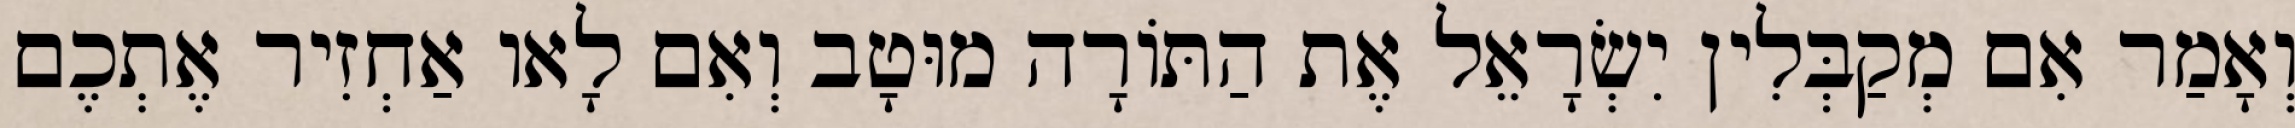
וְאָמַר אִם מְקַבְּלִין יִשְׂרָאֵל אֶת הַתּוֹרָה מוּטָב וְאִם לָאו אַחְזִיר אֶתְכֶם